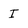
Character: I